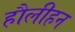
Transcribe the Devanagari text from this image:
हौलीहन